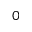
_ 0